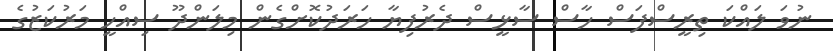
ނުވަ ލައްކަ ތިރީސްފަސް ހާސް ސާޅީސް ދެރުފިޔާ ހަރަދުކޮށްގެން މިލަންދޫ ސިއްހީ މަރުކަޒުގެ